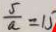
\frac { 5 } { a } = 1 5